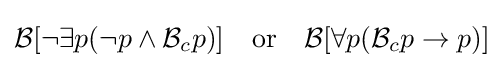
{\mathcal {B}}[\neg \exists p(\neg p\wedge {\mathcal {B}}_{c}p)]\quad {\text{or}}\quad {\mathcal {B}}[\forall p({\mathcal {B}}_{c}p\to p)]